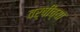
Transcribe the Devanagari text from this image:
वर्षींच्या